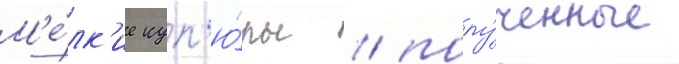
М'е́лк'ие куп'ю́ры / полу́ченные